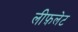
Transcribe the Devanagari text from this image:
लीफ़लेट